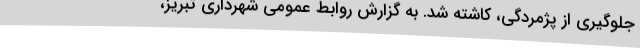
جلوگیری از پژمردگی، کاشته شد. به گزارش روابط عمومی شهرداری تبریز،